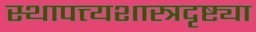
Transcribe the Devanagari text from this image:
स्थापत्त्यशास्त्रदृष्ट्या